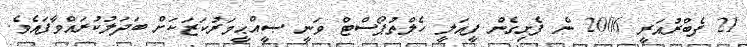
21 ފެބްރުއަރީ 2006 ން ފެށިގެން ފީއަލީ ހެލްތުޕޯސްޓް ވަނީ ޞީއްޙީމަރުކަޒަކަށް ބަދަލުކުރައްވާފައެވެ.